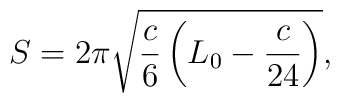
S = 2\pi \sqrt{\frac c6\left(L_0 - \frac{c}{24}\right)},